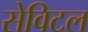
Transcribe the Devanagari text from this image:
सेविटल